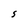
Character: S